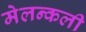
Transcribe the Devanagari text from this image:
मेलन्कली